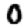
Digit: 0